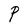
Character: P